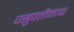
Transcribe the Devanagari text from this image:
पसुपतीनाथ